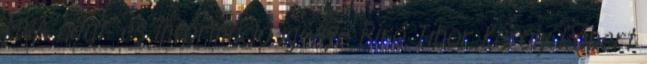
MVA adat- és információ igénye Bíró Tibor Károly Róbert